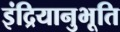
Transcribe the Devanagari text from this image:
इंद्रियानुभूति